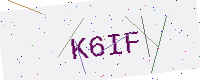
Text: K6IF